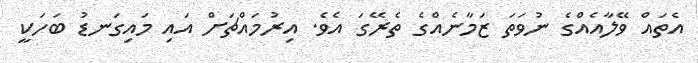
އެތައް ވޭލާއެއްގެ ނުވަތަ ޒަމާނެއްގެ ތެރޭގަ އެވެ. އިރުމައްޗަށް އައި މައިގަނޑު ބަހަކީ